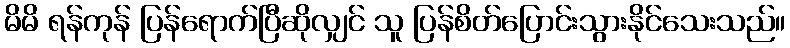
မိမိ ရန်ကုန် ပြန်ရောက်ပြီဆိုလျှင် သူ ပြန်စိတ်ပြောင်းသွားနိုင်သေးသည်။